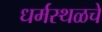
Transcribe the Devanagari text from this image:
धर्मस्थळचे